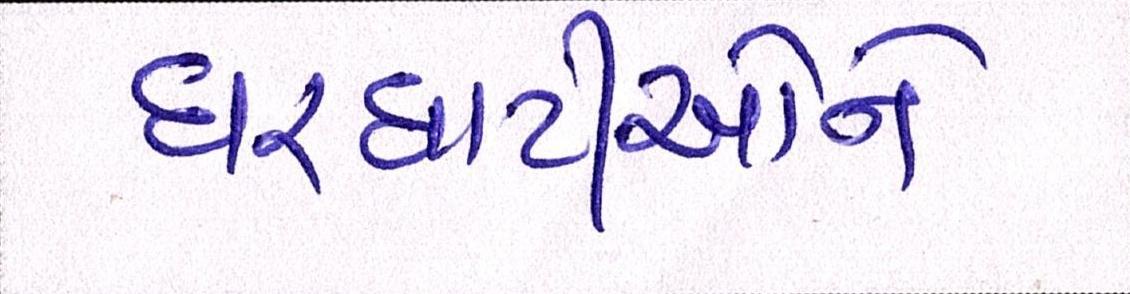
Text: ઘરઘાટીઓને